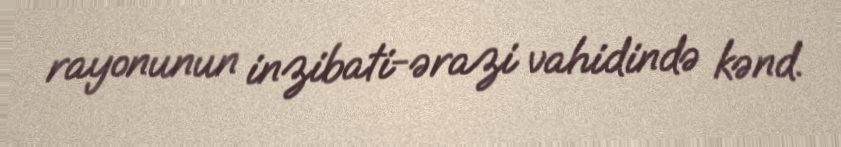
rayonunun inzibati-ərazi vahidində kənd.